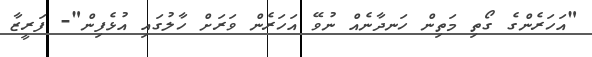
"އަހަރެންގެ ގޯތި މަތިން ހަނދާނެއް ނުވޭ އަހަރެން ވަރަށް ހާލުގައި އުޅެފިން"- ފަރީޒާ